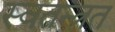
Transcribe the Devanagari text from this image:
स्वतन्त्रत